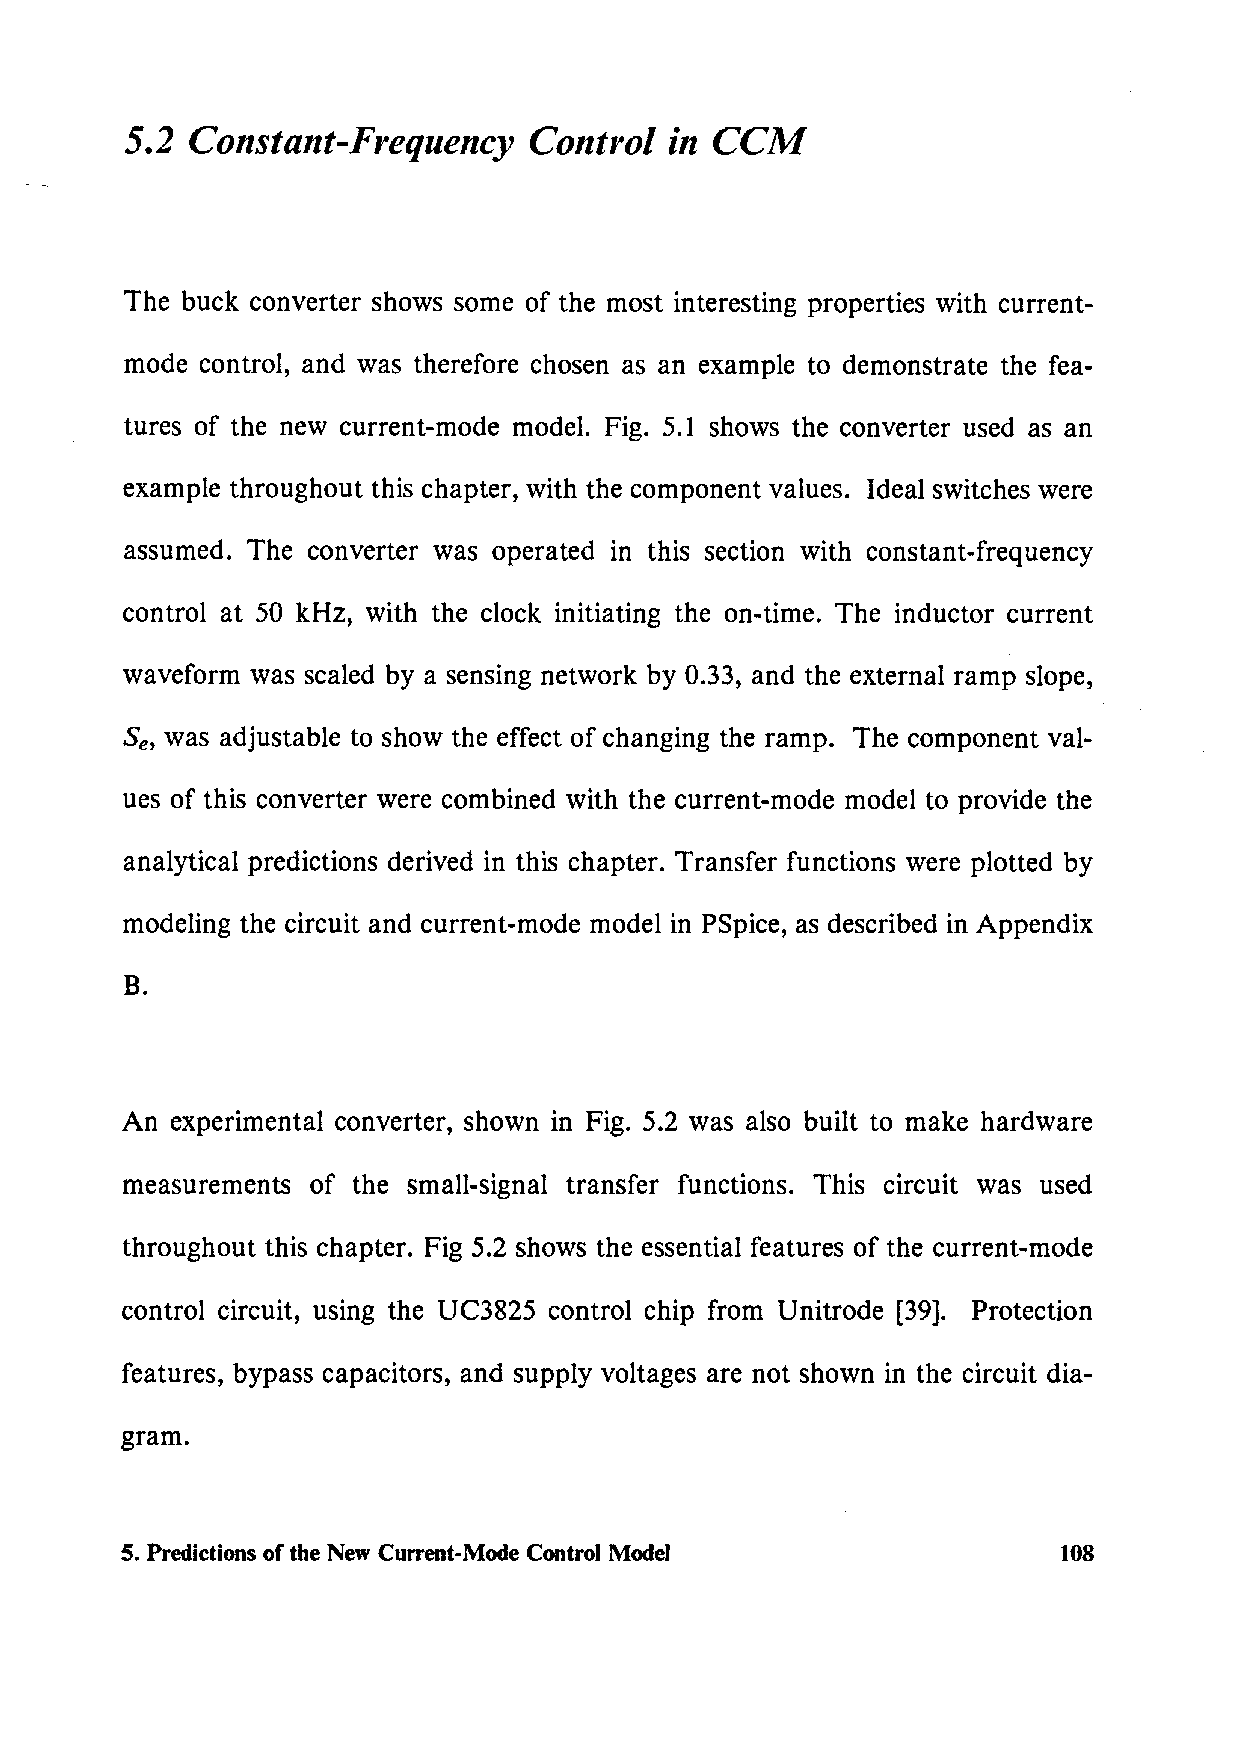
5.2  Constant-Frequency    Control  in CCM
 The buck converter shows some of the most interesting properties with current-
 mode control, and was therefore chosen as an example to demonstrate the fea-
 tures of the new current-mode model. Fig. 5.1 shows the converter used as an
 example throughout this chapter, with the component values. Ideal switches were
 assumed. The converter was operated in this section with constant-frequency
 control at 50 kHz, with the clock initiating the on-time. The inductor current
 waveform was scaled by a sensing network by 0.33, and the external ramp slope,
 Se, was adjustable to show the effect of changing the ramp. The component val-
 ues of this converter were combined with the current-mode model to provide the
 analytical predictions derived in this chapter. Transfer functions were plotted by
 modeling the circuit and current-mode model in PSpice, as described in Appendix
 B.
 An experimental converter, shown in Fig. 5.2 was also built to make hardware
 measurements of the small-signal transfer functions. This circuit was used
 throughout this chapter. Fig 5.2 shows the essential features of the current-mode
 control circuit, using the UC3825 control chip from Unitrode [39]. Protection
 features, bypass capacitors, and supply voltages are not shown in the circuit dia-
 gram.
 5. Predictions of the New Current-Mode Control Model          108